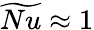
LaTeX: \widetilde{Nu}\approx 1